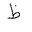
Letter: _za